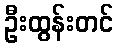
ဦးထွန်းတင်